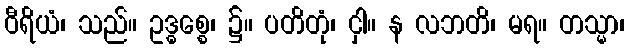
ဝီရိယံ၊ သည်။ ဥဒ္ဓစ္စေ၊ ၌။ ပတိတုံ၊ ငှါ။ န လဘတိ၊ မရ။ တသ္မာ၊